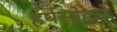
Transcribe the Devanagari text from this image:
हर्षसोहळे